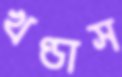
খণ্ডাস